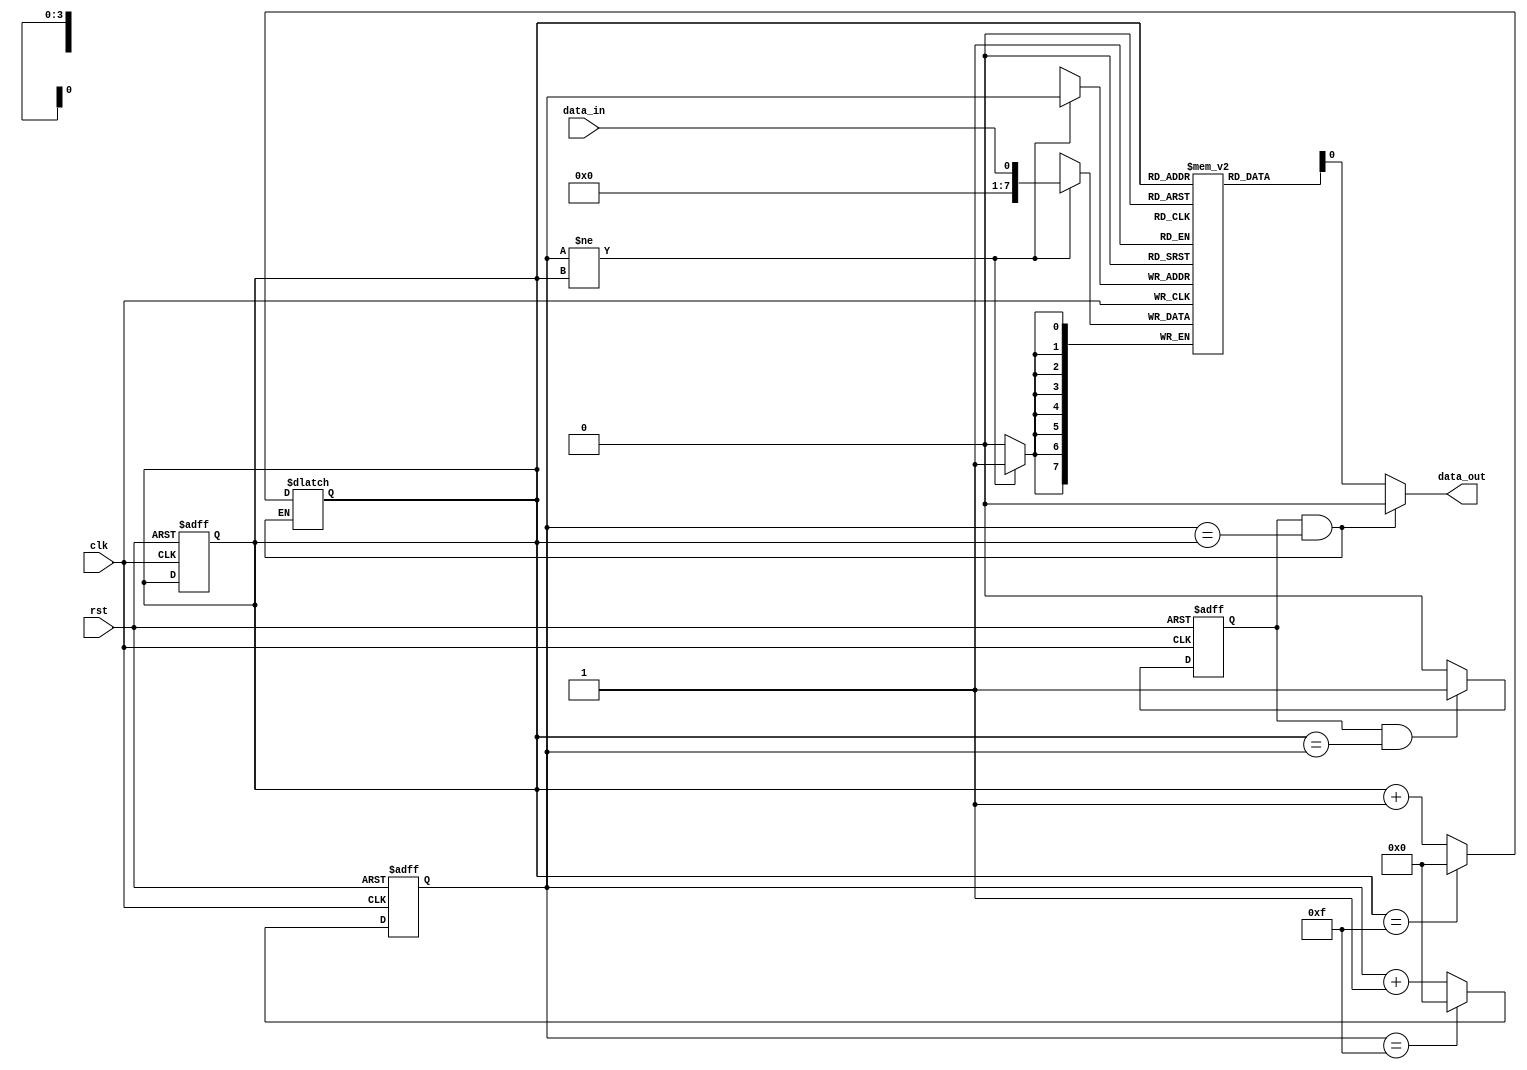
module almost_empty_fifo(
    input clk,         // clock signal
    input rst,         // reset signal
    input data_in,     // input data signal
    output reg data_out // output data signal
);

reg [7:0] fifo[15:0];  // FIFO buffer with 16 storage locations
reg [3:0] ptr_in;      // input pointer
reg [3:0] ptr_out;     // output pointer
reg almost_empty;      // flag to indicate FIFO is almost empty

always @(posedge clk or posedge rst) begin
    if (rst) begin
        ptr_in <= 4'b0000;
        ptr_out <= 4'b0000;
        almost_empty <= 1'b1;
    end else begin
        if (almost_empty && (ptr_out == ptr_in)) begin
            almost_empty <= 1'b1;
        end else begin
            almost_empty <= 1'b0;
        end
        
        if (ptr_in == 4'b1111) begin
            ptr_in <= 4'b0000;
        end else begin
            ptr_in <= ptr_in + 4'b0001;
        end
    end
end

always @(*) begin
    if (almost_empty && (ptr_in == ptr_out)) begin
        data_out <= 8'b0; // Empty buffer
    end else begin
        data_out <= fifo[ptr_out];
        
        if (ptr_out == 4'b1111) begin
            ptr_out <= 4'b0000;
        end else begin
            ptr_out <= ptr_out + 4'b0001;
        end
    end
end

always @(posedge clk) begin
    if (ptr_in != ptr_out) begin
        fifo[ptr_in] <= data_in;
    end
end

endmodule